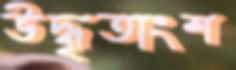
উদ্ধৃতাংশ